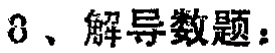
8、解导数题：